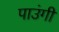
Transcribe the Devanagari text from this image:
पाउंगी